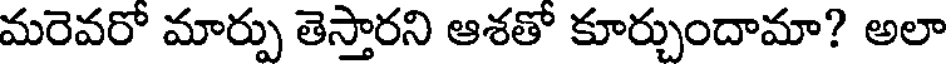
మరెవరో మార్పు తెస్తారని ఆశతో కూర్చుందామా? అలా